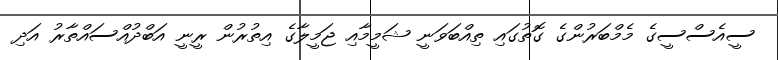
ސީއެސްސީގެ މެމްބަރުންގެ ގޮތުގައި ތިއްބަވަނީ ޝަމީމާއި ޖަމީލާގެ އިތުރުން ރީނީ އަބްދުއްސައްތާރު އަދި